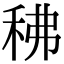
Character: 䄶